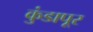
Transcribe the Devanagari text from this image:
कुंडापूर